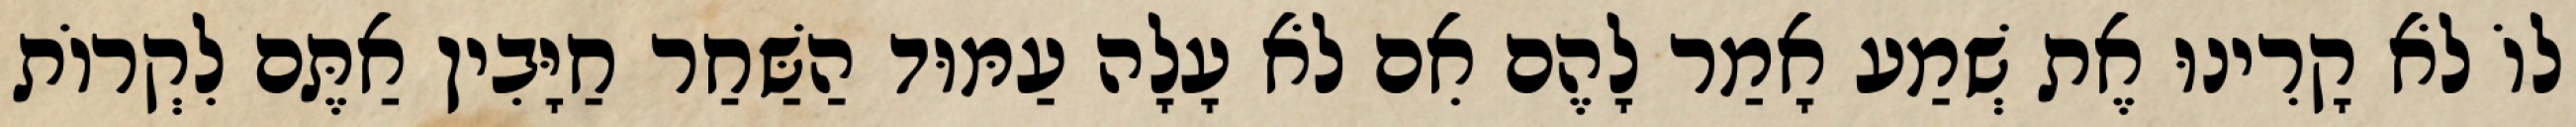
לוֹ לֹא קָרִינוּ אֶת שְׁמַע אָמַר לָהֶם אִם לֹא עָלָה עַמּוּד הַשַּׁחַר חַיָּבִין אַתֶּם לִקְרוֹת